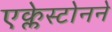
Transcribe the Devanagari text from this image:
एक्लेस्टोनने